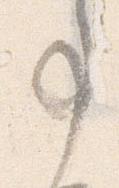
事